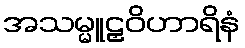
အသမ္မူဠှဝိဟာရိနံ